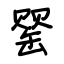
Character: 罂